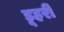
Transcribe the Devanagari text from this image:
डूहरी